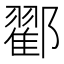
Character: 𨞩